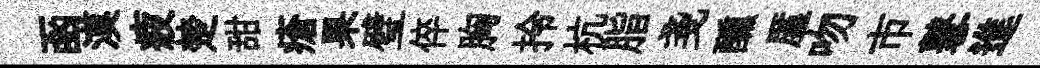
函漠疲楚甜瘡果璧倅胸拎杭脂戔醺厪吻市鼕進